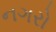
નગરો